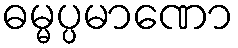
ဓမ္မပ္ပမာဏော